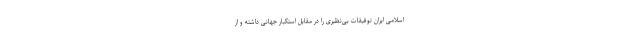
اسلامی ایران توفیقات بی‌نظیری را در مقابل استکبار جهانی داشته و از